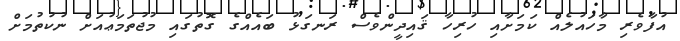
އުފާވެރި މާހައުލެއް ކަމަށާއި ހުރިހާ ޤައިދީންވެސް ރަނގަޅު ބައެއްގެ ގޮތުގައި މުޖުތަމަޢުއަށް ނުކުތުމަށް